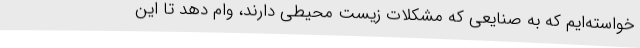
خواسته‌ایم که به صنایعی که مشکلات زیست محیطی دارند، وام دهد تا این